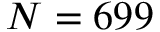
N = 6 9 9